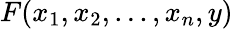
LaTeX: F(x_{1},x_{2},...,x_{n},y)